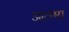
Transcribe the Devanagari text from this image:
आतमा